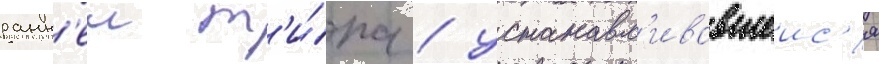
ранн'еи т'и́па / устанавл'ивавшеис'я